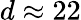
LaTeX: d\approx 22